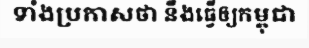
ទាំងប្រកាសថា នឹងធ្វើឲ្យកម្ពុជា